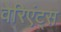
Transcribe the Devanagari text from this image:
वेरिएंट्स